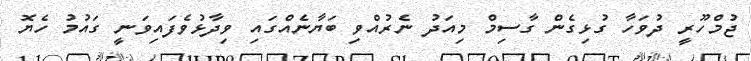
ޖުމްހޫރީ ދުވަހާ ގުޅިގެން ގާސިމް މިއަދު ނެރުއްވި ބަޔާނެއްގައި ވިދާޅުވެފައިވަނީ ގައުމު ހެޔޮ